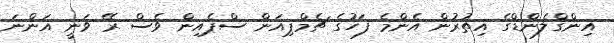
އިންގްލެންޑްގެ އިތުރުން އެންމެ ފަހުގެ ޗެމްޕިއަން ސްޕެއިން ވެސް ރޭ ވަނީ އަންނަ